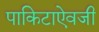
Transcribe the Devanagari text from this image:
पाकिटाऐवजी